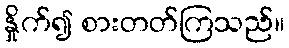
နှိုက်၍ စားတတ်ကြသည်။